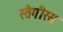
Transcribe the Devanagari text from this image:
स्तैगीरस